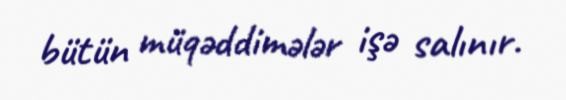
bütün müqəddimələr işə salınır.